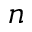
n